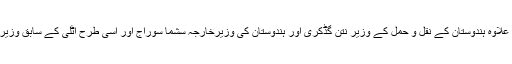
ایرانی وزیرخارجہ نے نئی دہلی میں رائے سینا اجلاس میں شرکت کے علاوہ ہندوستان کے نقل و حمل کے وزیر نتن گڈکری اور ہندوستان کی وزیرخارجہ سشما سوراج اور اسی طرح اٹلی کے سابق وزیر اعظم اور اسپین کے وزیر خارجہ سے بھی ملاقات اور مذاکرات کئے۔